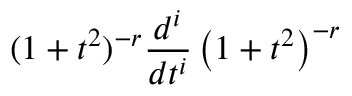
( 1 + t ^ { 2 } ) ^ { - r } \frac { d ^ { i } } { d t ^ { i } } \left( 1 + t ^ { 2 } \right) ^ { - r }